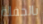
بالحفلة